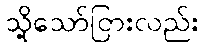
သို့သော်ငြားလည်း